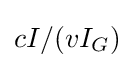
cI/(vI_{G})